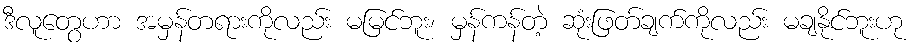
ဒီလူတွေဟာ အမှန်တရားကိုလည်း မမြင်ဘူး၊ မှန်ကန်တဲ့ ဆုံးဖြတ်ချက်ကိုလည်း မချနိုင်ဘူးဟု